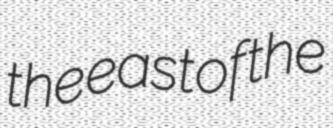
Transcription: the east of the